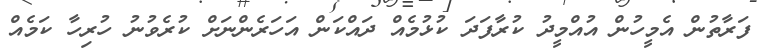
ފަރާތުން އެމީހުން އުއްމީދު ކުރާފަދަ ކުޅުމެއް ދައްކަން އަހަރެންނަށް ކުރެވުނު ހުރިހާ ކަމެއް